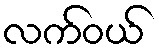
လက်ဝယ်